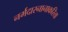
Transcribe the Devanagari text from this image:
नर्मदास्नानाकरिता